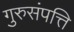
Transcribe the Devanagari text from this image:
गुरुसंपत्ति